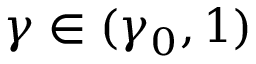
\gamma \in ( \gamma _ { 0 } , 1 )